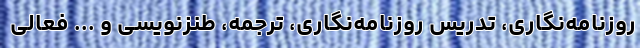
روزنامه­‌نگاری، تدریس روزنامه­‌نگاری، ترجمه، طنزنویسی و ... فعالی